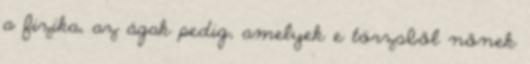
a fizika, az ágak pedig, amelyek e törzsből nőnek